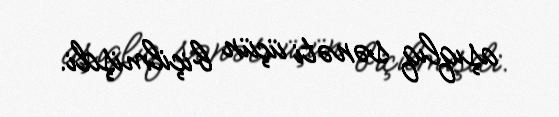
aşıqlıq sənəti üçün biçilmişdi.